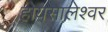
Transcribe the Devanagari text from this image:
होयसालेश्वर